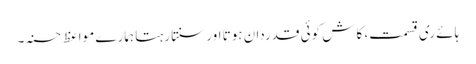
ہائے ری قسمت، کاش کوئی قدردان ہوتا اور سنتا رہتا ہمارے مواعظ حسنہ۔